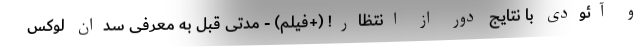
و آئودی با نتایج دور از انتظار! (+فیلم) - مدتی قبل به معرفی سدان لوکس